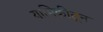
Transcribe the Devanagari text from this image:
यामिकीतून